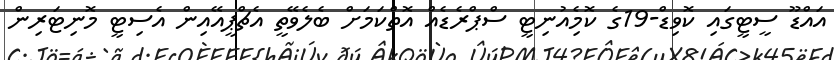
އައްޑޫ ސީޓީގައި ކޮވިޑް-19ގެ ކޮމެިއުނިޓީ ސްޕްރެޑެއް އޮތްކަމަށް ބެލެވޭތީ އެޗްޕީއޭއިން އެސިޓީ މޮނިޓަރިން